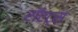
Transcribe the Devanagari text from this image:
रॉएट्स